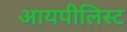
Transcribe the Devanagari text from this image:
आयपीलिस्ट